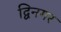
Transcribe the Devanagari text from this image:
द्विनगर